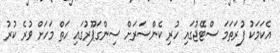
އެކަމަކު ފުރަތަމަ ސްޓޭޖުގައި ހުރި ކެންސަރަށް ސިންގަޕޫރުގައި ހަތް މަހަށް ވުރެ ކުރު